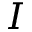
I